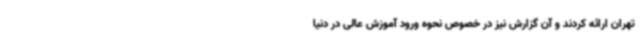
تهران ارائه کردند و آن گزارش نیز در خصوص نحوه ورود آموزش عالی در دنیا